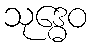
သုဒ္ဓေဝ